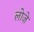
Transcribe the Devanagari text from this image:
लोज़े